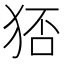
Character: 𤞜